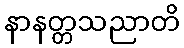
နာနတ္တသညာတိ